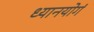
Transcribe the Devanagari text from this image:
ध्यानयोगं